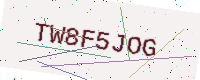
Text: TW8F5JOG